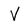
Character: V